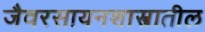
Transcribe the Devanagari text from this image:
जैवरसायनशास्त्रातील